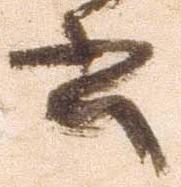
書